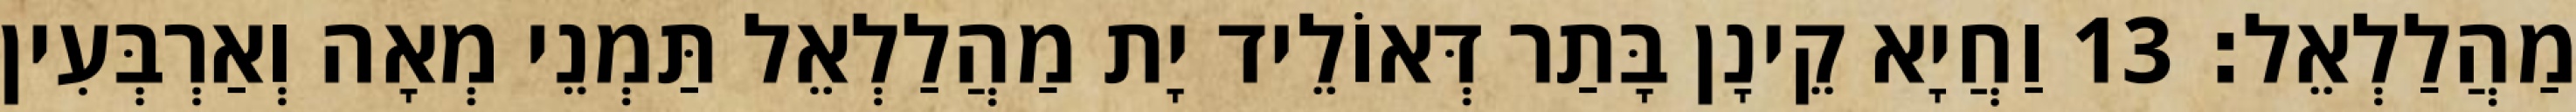
מַהֲלַלְאֵל׃ 13 וַחֲיָא קֵינָן בָּתַר דְּאוֹלֵיד יָת מַהֲלַלְאֵל תַּמְנֵי מְאָה וְאַרְבְּעִין